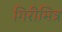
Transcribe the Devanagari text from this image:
गिरीमित्र